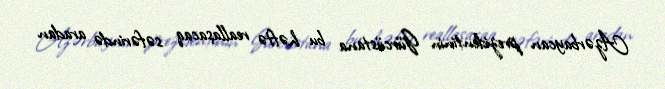
Azərbaycan prezidentinin Gürcüstana bu həftə reallaşacaq səfərində aradan